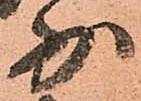
少